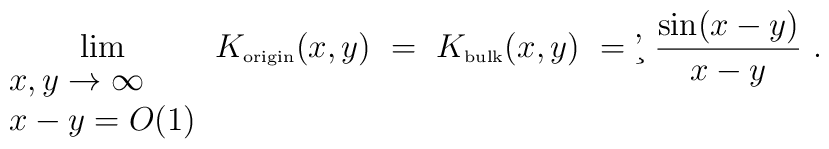
\lim_{\begin{array}{ll}x,y\to\infty\\ x-y=O(1)\end{array}} K_{\mbox{\tiny origin}}(x,y) \ =\ K_{\mbox{\tiny bulk}}(x,y) \ =\c'\ \frac{\sin(x-y)}{x-y} \ .